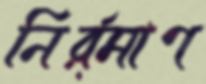
নির্র্মাণ